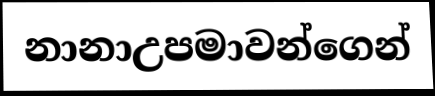
නානාඋපමාවන්ගෙන්